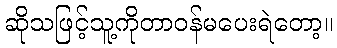
ဆိုသဖြင့်သူ့ကိုတာဝန်မပေးရဲတော့။